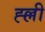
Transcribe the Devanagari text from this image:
ह्ल्ली